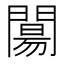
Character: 𨵶